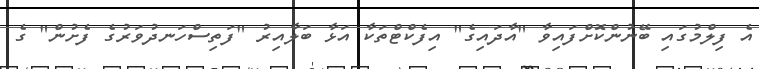
އެ ފިލްމުގައި ބޭނުންކޮށްފައިވާ "އާދައިގެ" އިފެކްޓްތަކާ އަޅާ ބަލާއިރު "ފަތިސްހަނދުވަރުގެ ފެށުން" ގެ